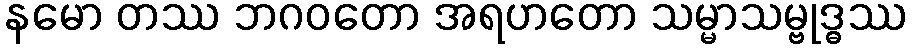
နမော တဿ ဘဂဝတော အရဟတော သမ္မာသမ္ဗုဒ္ဓဿ